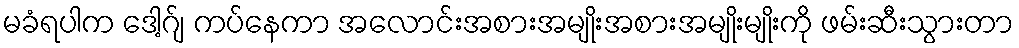
မခံရပါက ဒေါ့ဂ်ျ ကပ်နေကာ အလောင်းအစားအမျိုးအစားအမျိုးမျိုးကို ဖမ်းဆီးသွားတာ